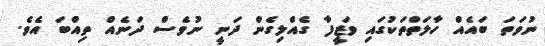
ނުވަތަ ބައެއް ހާލަތްތަކުގައި ވަޒީފާ ގެއްލިގެން ދަނީ ނުވެސް ދަނެއް ތިއްބަ އެވެ.